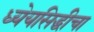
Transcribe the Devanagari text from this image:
ध्येयसिद्धीचा